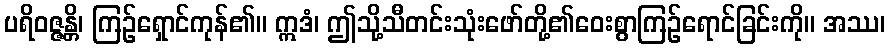
ပရိဝဇ္ဇန္တိ၊ ကြဉ်ရှောင်ကုန်၏။ ဣဒံ၊ ဤသို့သီတင်းသုံးဖော်တို့၏ဝေးစွာကြဉ်ရောင်ခြင်းကို။ အဿ၊